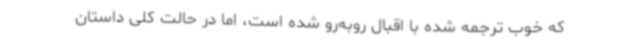
که خوب ترجمه شده با اقبال روبه‌رو شده است، اما در حالت کلی داستان